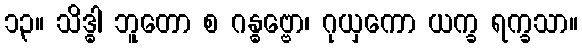
၁၃။ သိဒ္ဓါ ဘူတော စ ဂန္ဓဗ္ဗော၊ ဂုယှကော ယက္ခ ရက္ခသာ။